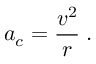
a _ { c } = { \frac { v ^ { 2 } } { r } } \; .